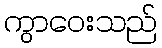
ကွာဝေးသည်